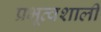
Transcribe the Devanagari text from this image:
प्रभूत्वशाली